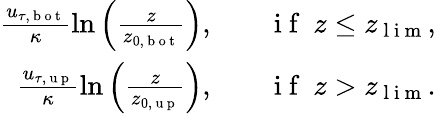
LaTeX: \begin{array}{rlr}{\frac{u_{\tau,\mathrm{~b~o~t~}}}{\kappa}\ln\left(\frac{z}{z_{0,\mathrm{~b~o~t~}}}\right),}&{{}}&{\mathrm{~i~f~}\ z\leq z_{\mathrm{~l~i~m~}},}\\ {\frac{u_{\tau,\mathrm{~u~p~}}}{\kappa}\ln\left(\frac{z}{z_{0,\mathrm{~u~p~}}}\right),}&{{}}&{\mathrm{~i~f~}\ z>z_{\mathrm{~l~i~m~}}.}\end{array}